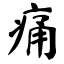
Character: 痛